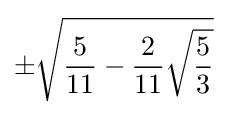
\pm {\sqrt {{\frac {5}{11}}-{\frac {2}{11}}{\sqrt {\frac {5}{3}}}}}